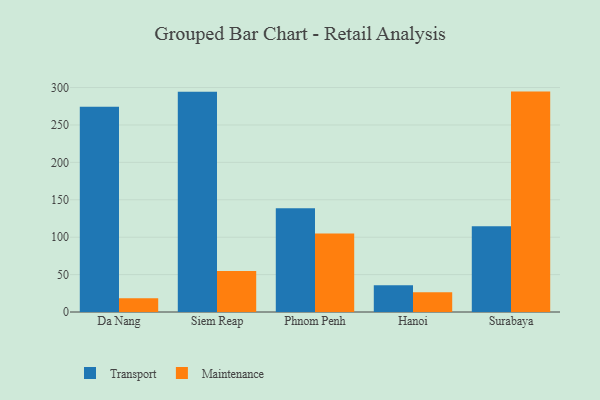
{"axis": {"x": "City", "y": "Churn Rate (%)"}, "legend": ["Maintenance", "Transport"], "data": [{"x": "Da Nang", "y": 274.2, "type": "Transport"}, {"x": "Da Nang", "y": 18.5, "type": "Maintenance"}, {"x": "Siem Reap", "y": 294.4, "type": "Transport"}, {"x": "Siem Reap", "y": 54.9, "type": "Maintenance"}, {"x": "Phnom Penh", "y": 138.6, "type": "Transport"}, {"x": "Phnom Penh", "y": 104.9, "type": "Maintenance"}, {"x": "Hanoi", "y": 35.6, "type": "Transport"}, {"x": "Hanoi", "y": 26.5, "type": "Maintenance"}, {"x": "Surabaya", "y": 114.6, "type": "Transport"}, {"x": "Surabaya", "y": 294.6, "type": "Maintenance"}]}